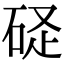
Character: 𥒧